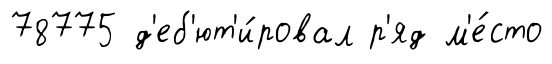
78775 д'еб'ют'и́ровал р'яд м'е́сто